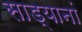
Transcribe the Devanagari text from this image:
साड्यानां